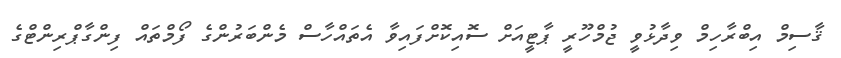
ޤާސިމް އިބްރާހިމް ވިދާޅުވީ ޖުމްހޫރީ ޕާޓީއަށް ސޮއިކޮށްފައިވާ އެތައްހާސް މެންބަރުންގެ ފޯމްތައް ފިންގާޕްރިންޓްގެ